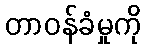
တာဝန်ခံမှုကို